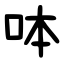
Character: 呠